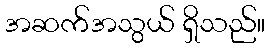
အဆက်အသွယ် ရှိသည်။